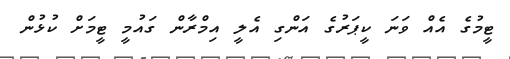
ޓީމުގެ އެއް ވަނަ ކީޕަރުގެ އަންގި އެލީ އިމްރާން ގައުމީ ޓީމަށް ކުޅުން